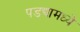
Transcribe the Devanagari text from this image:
पडद्यामध्ये